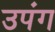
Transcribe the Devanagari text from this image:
उपंग